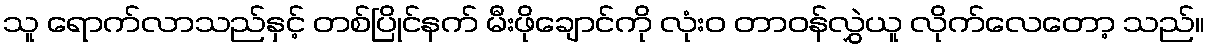
သူ ရောက်လာသည်နှင့် တစ်ပြိုင်နက် မီးဖိုချောင်ကို လုံးဝ တာဝန်လွှဲယူ လိုက်လေတော့ သည်။